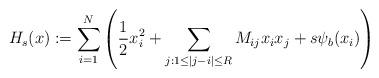
LaTeX: \begin{align*}H_s(x) := \sum_{i=1}^N \left( \frac{1}{2}x_i^2 + \sum_{j:1\leq |j-i|\leq R} M_{ij}x_ix_j + s \psi_b (x_i) \right)\end{align*}